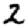
Digit: 2